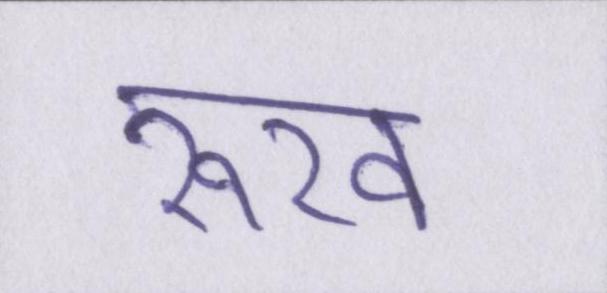
रूख